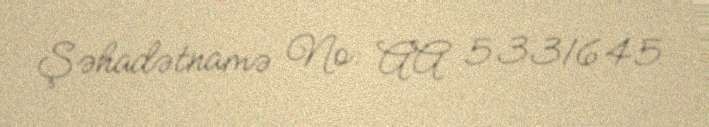
Şəhadətnamə №: AA 5331645